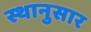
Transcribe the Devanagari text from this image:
स्थानुसार